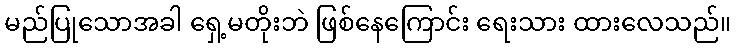
မည်ပြုသောအခါ ရှေ့မတိုးဘဲ ဖြစ်နေကြောင်း ရေးသား ထားလေသည်။